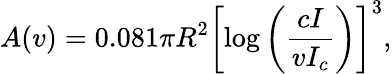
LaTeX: A(v)=0.081\pi R^{2}\left[\log\left({\frac{cI}{vI_{c}}}\right)\right]^{3},